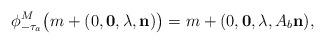
LaTeX: \begin{align*} \phi^M_{-\tau_a}\big( m+(0,\mathbf{0},\lambda,\mathbf{n})\big)=m+(0,\mathbf{0},\lambda,A_b\mathbf{n}),\end{align*}